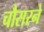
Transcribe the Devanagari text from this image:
चौसरने